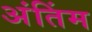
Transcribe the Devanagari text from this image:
अंतिंम